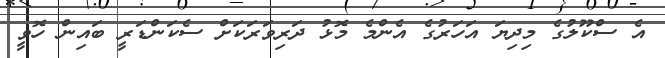
އެ ސްކޫލުގެ މިދިޔަ އަހަރުގެ އެންމެ މޮޅު ދަރިވަރަކަށް ސެކަންޑަރީ ބައިން ހޮވީ